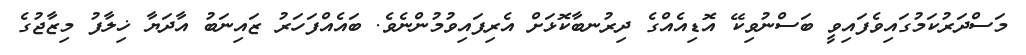
މަސްދަރުކަމުގައިވެފައިވީ ބަސްނުވިކޭ އޮޑިއެއްގެ ދިރުނބާކޮޅަށް އެރިފައިވުމުންނެވެ. ބައެއްފަހަރު ޒައިނަބު އާދަޔާ ޚިލާފު މިޒާޖުގެ